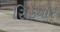
સિકયોર